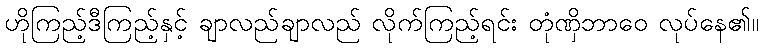
ဟိုကြည့်ဒီကြည့်နှင့် ချာလည်ချာလည် လိုက်ကြည့်ရင်း တုံဏှိဘာဝေ လုပ်နေ၏။